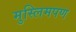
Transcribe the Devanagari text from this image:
मुस्लिमपण